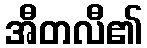
အီတလီ၏